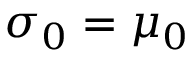
\sigma _ { 0 } = \mu _ { 0 }